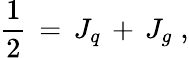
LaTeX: {\frac{1}{2}}\, =\, J_{q}\, +\, J_{g}\; ,